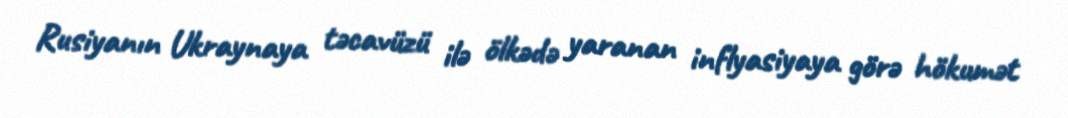
Rusiyanın Ukraynaya təcavüzü ilə ölkədə yaranan inflyasiyaya görə hökumət